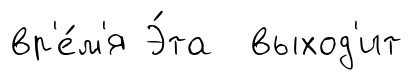
вр'е́м'я Э́та выход'ит